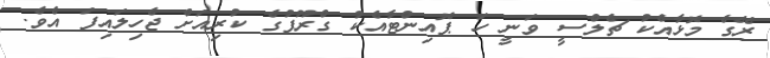
ރޭގެ މޮޅާއެކު ޗެލްސީ ވަނީ ހަ ޕޮއިންޓާއެކު ގްރޫޕުގެ ކުރިއަށް ޖެހިލައިފަ އެވެ.